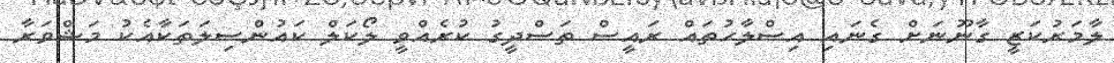
ލާމަރުކަޒީ ގާނޫނަށް ގެނައި އިސްލާހުތައް ރައީސް ތަސްދީގު ކުރެއްވީ ލޯކަލް ކައުންސިލަތަކާއެކު މަޝްވަރާ